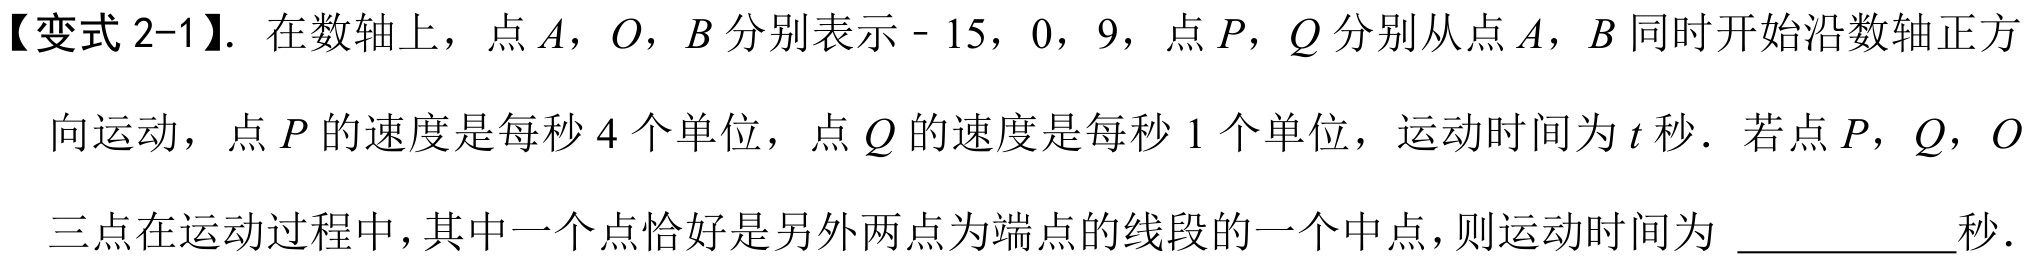
【变式 2-1】. 在数轴上，点\(A\)，\(O\)，\(B\)分别表示\(- 15\)，\(0\)，\(9\)，点\(P\)，\(Q\)分别从点\(A\)，\(B\)同时开始沿数轴正方向运动，点\(P\)的速度是每秒\(4\)个单位，点\(Q\)的速度是每秒\(1\)个单位，运动时间为\(t\)秒．若点\(P\)，\(Q\)，\(O\)三点在运动过程中，其中一个点恰好是另外两点为端点的线段的一个中点，则运动时间为 \_\_\_\_\_\_秒．